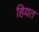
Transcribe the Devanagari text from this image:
हियत